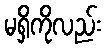
မရှိကိုလည်း